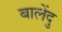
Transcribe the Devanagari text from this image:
बालेंदु